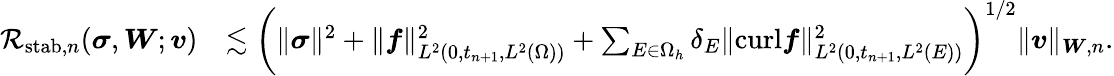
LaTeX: \begin{array}{rl}{{\mathcal{R}}_{\mathrm{stab},n}(\boldsymbol{\sigma},\boldsymbol{W};\boldsymbol{v})}&{\lesssim\biggl(\| \boldsymbol{\sigma}\| ^{2}+\| \boldsymbol{f}\| _{L^{2}(0,t_{n+1},L^{2}(\Omega))}^{2}+\sum_{E\in\Omega_{h}}\delta_{E}\| {\mathrm{curl}}\boldsymbol{f}\| _{L^{2}(0,t_{n+1},L^{2}(E))}^{2}\biggr)^{1/2}\| \boldsymbol{v}\| _{\boldsymbol{W},n}.}\end{array}